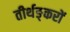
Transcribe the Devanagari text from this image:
तीर्थङ्करों